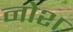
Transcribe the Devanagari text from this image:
नोश